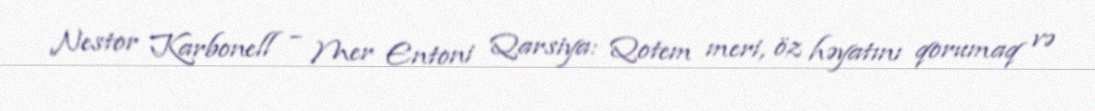
Nestor Karbonell – Mer Entoni Qarsiya: Qotem meri, öz həyatını qorumaq və